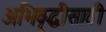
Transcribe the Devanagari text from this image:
अभिवृद्धीसाठी